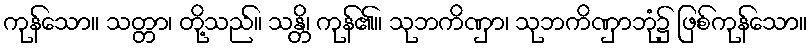
ကုန်သော။ သတ္တာ၊ တို့သည်။ သန္တိ၊ ကုန်၏။ သုဘကိဏှာ၊ သုဘကိဏှာဘုံ၌ ဖြစ်ကုန်သော။